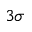
3 \sigma